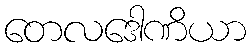
တေလဒေါဏိယာ